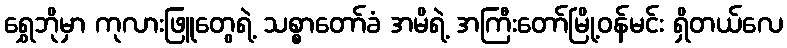
ရွှေဘိုမှာ ကုလားဖြူတွေရဲ့ သစ္စာတော်ခံ အမိရဲ့ အကြီးတော်မြို့ဝန်မင်း ရှိတယ်လေ